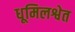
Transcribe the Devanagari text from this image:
धूमिलश्वेत